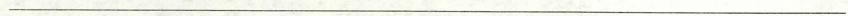
___